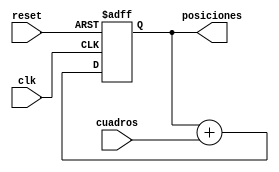
`timescale 1ns / 1ps
//////////////////////////////////////////////////////////////////////////////////
// Company: 
// Engineer: 
// 
// Design Name: 
// Module Name:    Tablero 
// Project Name: 
// Target Devices: 
// Tool versions: 
// Description: 
//
// Dependencies: 
//
// Revision: 
// Revision 0.01 - File Created
// Additional Comments: 
//
//////////////////////////////////////////////////////////////////////////////////
module Tablero(
		input clk,reset,
		input [8:0]cuadros,
		output reg [8:0]posiciones=0
    );
	
	always@(negedge clk , posedge reset)
	if(reset)
		posiciones<=9'b0;
	else
		posiciones<= posiciones + cuadros;
	
	
endmodule